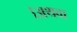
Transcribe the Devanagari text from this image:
।अथवा